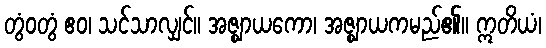
တွံဝတွံ ဧဝ၊ သင်သာလျှင်။ အဇ္ဈာယကော၊ အဇ္ဈာယကမည်၏။ ဣတိယံ၊